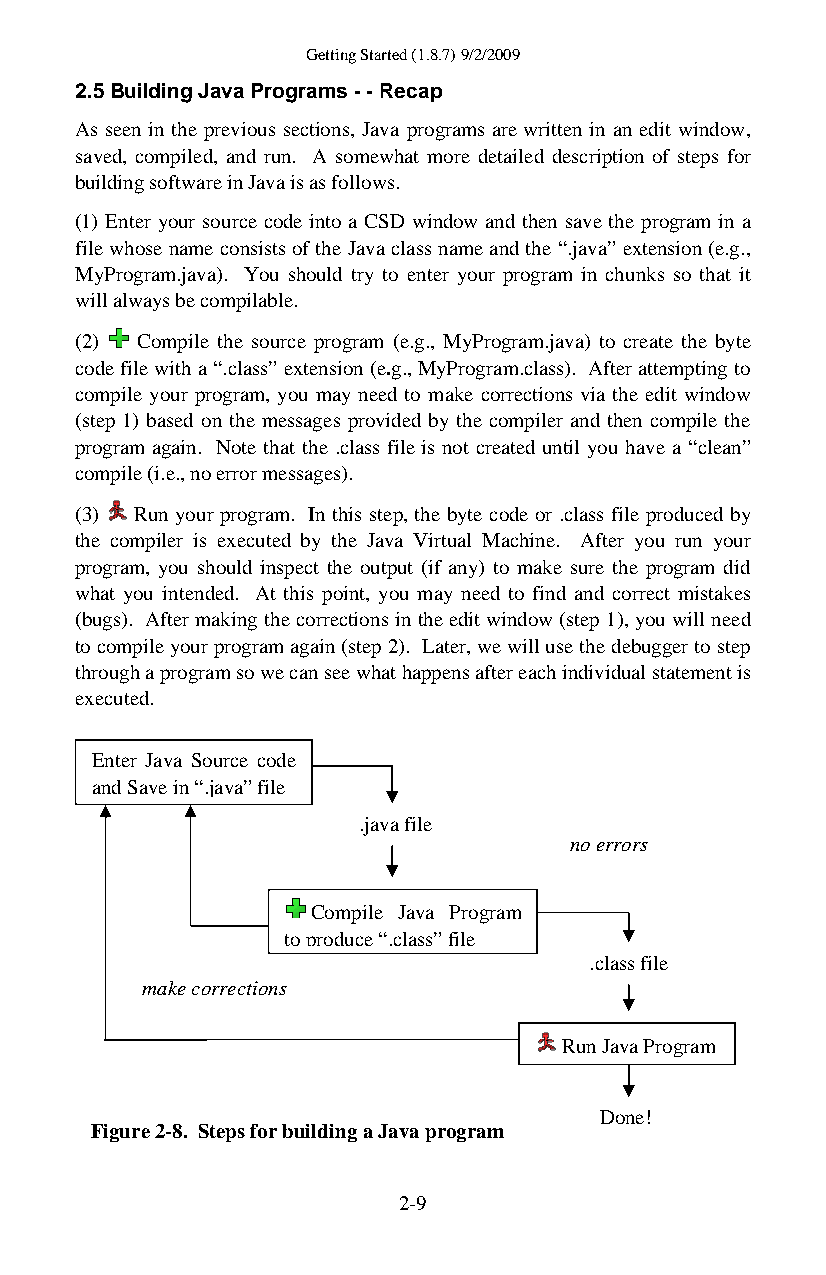
Getting Started (1.8.7) 9/2/2009
 2.5 Building Java Programs - - Recap
 As seen in the previous sections, Java programs are written in an edit window,
 saved, compiled, and run. A somewhat more detailed description of steps for
 building software in Java is as follows.
 (1) Enter your source code into a CSD window and then save the program in a
 file whose name consists of the Java class name and the “.java” extension (e.g.,
 MyProgram.java). You should try to enter your program in chunks so that it
 will always be compilable.
 (2) Compile the source program (e.g., MyProgram.java) to create the byte
 code file with a “.class” extension (e.g., MyProgram.class). After attempting to
 compile your program, you may need to make corrections via the edit window
 (step 1) based on the messages provided by the compiler and then compile the
 program again. Note that the .class file is not created until you have a “clean”
 compile (i.e., no error messages).
 (3) Run your program. In this step, the byte code or .class file produced by
 the compiler is executed by the Java Virtual Machine. After you run your
 program, you should inspect the output (if any) to make sure the program did
 what you intended. At this point, you may need to find and correct mistakes
 (bugs). After making the corrections in the edit window (step 1), you will need
 to compile your program again (step 2). Later, we will use the debugger to step
 through a program so we can see what happens after each individual statement is
 executed.
 Enter Java Source code
 and Save in “.java” file
 .java file
 no errors
 Compile Java Program
 toproduce“.class”file
 .class file
 make corrections
 Run Java Program
 Done!
 Figure 2-8. Steps for building a Java program
 2-9